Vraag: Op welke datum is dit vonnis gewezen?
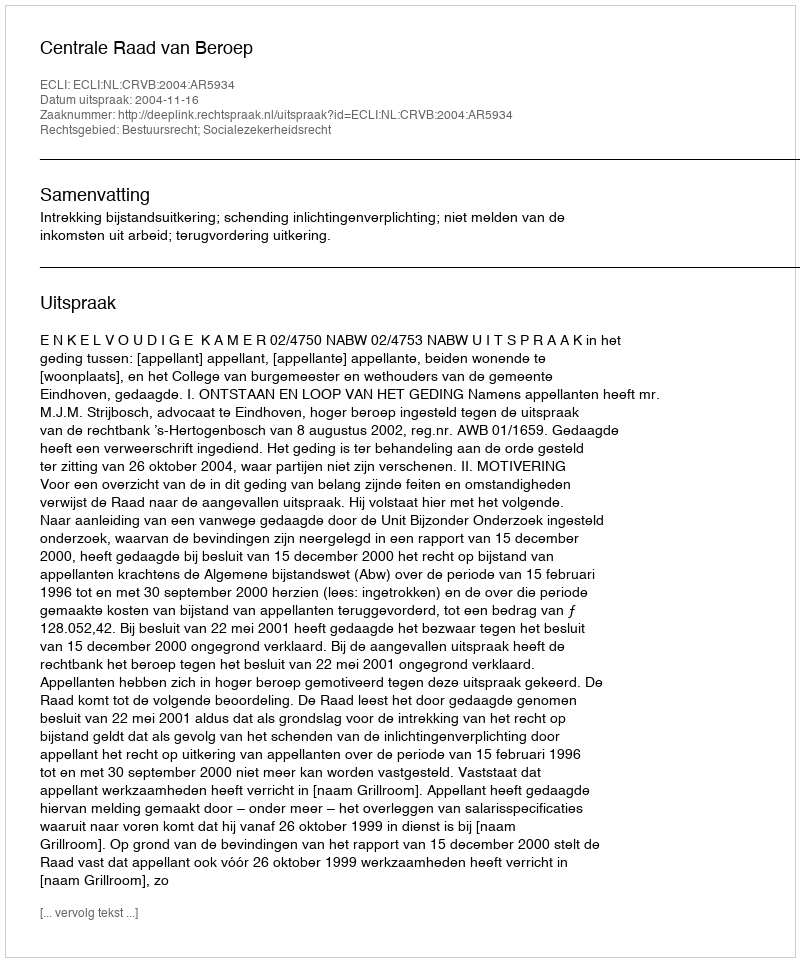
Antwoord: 2004-11-16